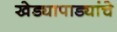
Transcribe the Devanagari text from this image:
खेड्यापाड्यांचे